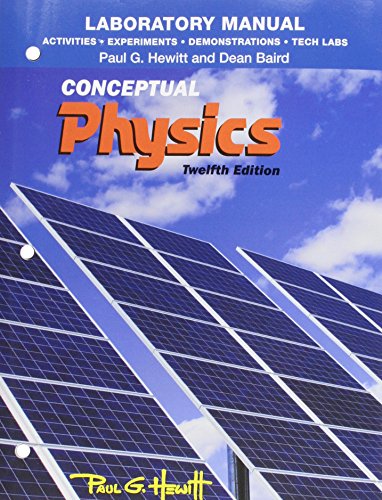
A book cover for Laboratory Manual: Activities, Experiments, Demonstrations & Tech Labs for Conceptual Physics; Paul G. Hewitt; Science & Math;